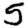
Digit: 5